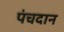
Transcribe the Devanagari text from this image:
पंचदान